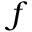
f